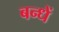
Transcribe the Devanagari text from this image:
बन्धें